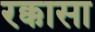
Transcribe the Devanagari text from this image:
रक्कासा